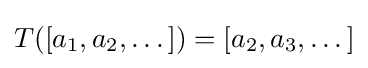
T([a_{1},a_{2},\dots ])=[a_{2},a_{3},\dots ]